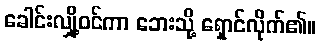
ခေါင်းလျှို့ဝင်ကာ ဘေးသို့ ရှောင်လိုက်၏။